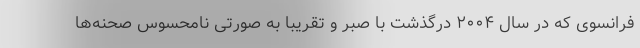
فرانسوی که در سال ۲۰۰۴ درگذشت با صبر و تقریبا به صورتی نامحسوس صحنه‌ها